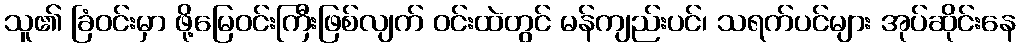
သူ၏ ခြံဝင်းမှာ ဖို့မြေဝင်းကြီးဖြစ်လျက် ဝင်းထဲတွင် မန်ကျည်းပင်၊ သရက်ပင်များ အုပ်ဆိုင်းနေ